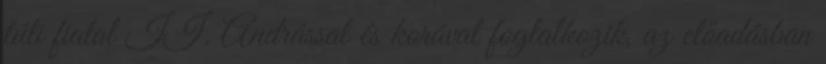
túli fiatal II. Andrással és korával foglalkozik, az előadásban